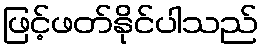
ဖြင့်ဖတ်နိုင်ပါသည်